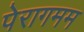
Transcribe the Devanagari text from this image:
पेरागमम